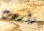
وأردت